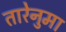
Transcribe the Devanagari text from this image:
तारेनुमा